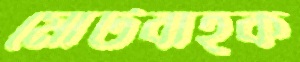
মোটবাহক